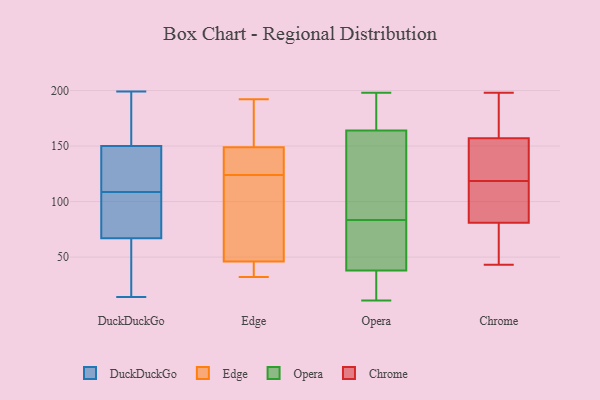
{"axis": {"x": "Temperature (°C)", "y": "Value"}, "legend": ["Chrome", "DuckDuckGo", "Edge", "Opera"], "data": [{"x": "", "y": 133, "type": "DuckDuckGo"}, {"x": "", "y": 36, "type": "DuckDuckGo"}, {"x": "", "y": 142, "type": "DuckDuckGo"}, {"x": "", "y": 66, "type": "DuckDuckGo"}, {"x": "", "y": 64, "type": "DuckDuckGo"}, {"x": "", "y": 97, "type": "DuckDuckGo"}, {"x": "", "y": 171, "type": "DuckDuckGo"}, {"x": "", "y": 199, "type": "DuckDuckGo"}, {"x": "", "y": 120, "type": "DuckDuckGo"}, {"x": "", "y": 196, "type": "DuckDuckGo"}, {"x": "", "y": 149, "type": "DuckDuckGo"}, {"x": "", "y": 93, "type": "DuckDuckGo"}, {"x": "", "y": 14, "type": "DuckDuckGo"}, {"x": "", "y": 88, "type": "DuckDuckGo"}, {"x": "", "y": 68, "type": "DuckDuckGo"}, {"x": "", "y": 151, "type": "DuckDuckGo"}, {"x": "", "y": 141, "type": "Edge"}, {"x": "", "y": 39, "type": "Edge"}, {"x": "", "y": 39, "type": "Edge"}, {"x": "", "y": 129, "type": "Edge"}, {"x": "", "y": 172, "type": "Edge"}, {"x": "", "y": 157, "type": "Edge"}, {"x": "", "y": 140, "type": "Edge"}, {"x": "", "y": 192, "type": "Edge"}, {"x": "", "y": 119, "type": "Edge"}, {"x": "", "y": 32, "type": "Edge"}, {"x": "", "y": 53, "type": "Edge"}, {"x": "", "y": 59, "type": "Edge"}, {"x": "", "y": 180, "type": "Opera"}, {"x": "", "y": 78, "type": "Opera"}, {"x": "", "y": 172, "type": "Opera"}, {"x": "", "y": 11, "type": "Opera"}, {"x": "", "y": 54, "type": "Opera"}, {"x": "", "y": 58, "type": "Opera"}, {"x": "", "y": 125, "type": "Opera"}, {"x": "", "y": 50, "type": "Opera"}, {"x": "", "y": 89, "type": "Opera"}, {"x": "", "y": 164, "type": "Opera"}, {"x": "", "y": 35, "type": "Opera"}, {"x": "", "y": 198, "type": "Opera"}, {"x": "", "y": 170, "type": "Opera"}, {"x": "", "y": 164, "type": "Opera"}, {"x": "", "y": 119, "type": "Opera"}, {"x": "", "y": 15, "type": "Opera"}, {"x": "", "y": 26, "type": "Opera"}, {"x": "", "y": 41, "type": "Opera"}, {"x": "", "y": 13, "type": "Opera"}, {"x": "", "y": 110, "type": "Opera"}, {"x": "", "y": 76, "type": "Chrome"}, {"x": "", "y": 67, "type": "Chrome"}, {"x": "", "y": 185, "type": "Chrome"}, {"x": "", "y": 169, "type": "Chrome"}, {"x": "", "y": 43, "type": "Chrome"}, {"x": "", "y": 132, "type": "Chrome"}, {"x": "", "y": 198, "type": "Chrome"}, {"x": "", "y": 127, "type": "Chrome"}, {"x": "", "y": 161, "type": "Chrome"}, {"x": "", "y": 65, "type": "Chrome"}, {"x": "", "y": 93, "type": "Chrome"}, {"x": "", "y": 111, "type": "Chrome"}, {"x": "", "y": 86, "type": "Chrome"}, {"x": "", "y": 126, "type": "Chrome"}, {"x": "", "y": 91, "type": "Chrome"}, {"x": "", "y": 153, "type": "Chrome"}]}